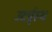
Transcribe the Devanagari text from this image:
उदर्पृस्थ